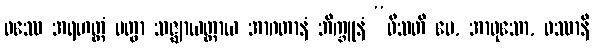
ဝဿေ အရဟတ္တံ ပတွာ သဇ္ဈာယတ္ထာယ အာဂတာနံ ဘိက္ခူနံ “ဝီသတိ မေ, အာဝုသော, ဝဿာနိ